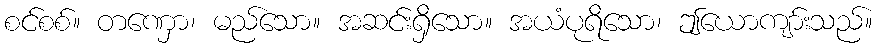
စင်စစ်။ တဏှော၊ မည်သော။ အဆင်းရှိသော။ အယံပုရိသော၊ ဤယောကျာ်းသည်။